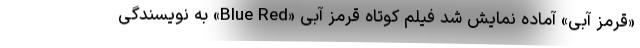
«قرمز آبی» آماده نمایش شد فیلم کوتاه قرمز آبی «Blue Red» به نویسندگی